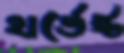
হার্ভেস্ট